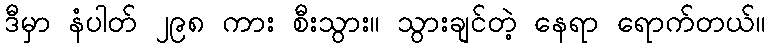
ဒီမှာ နံပါတ် ၂၉၈ ကား စီးသွား။ သွားချင်တဲ့ နေရာ ရောက်တယ်။